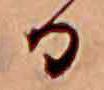
る